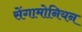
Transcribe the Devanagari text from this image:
सेंगामोनियन